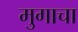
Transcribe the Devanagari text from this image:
मुगाचा